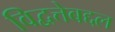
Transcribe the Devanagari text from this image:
विद्वत्तेबद्दल